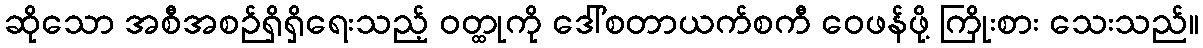
ဆိုသော အစီအစဉ်ရှိရှိရေးသည့် ဝတ္ထုကို ဒေါ်စတာယက်စကီ ဝေဖန်ဖို့ ကြိုးစား သေးသည်။